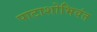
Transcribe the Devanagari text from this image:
पाटाशोभिवंत